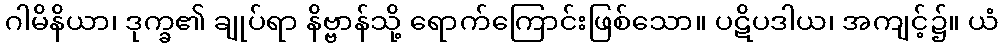
ဂါမိနိယာ၊ ဒုက္ခ၏ ချုပ်ရာ နိဗ္ဗာန်သို့ ရောက်ကြောင်းဖြစ်သော။ ပဋိပဒါယ၊ အကျင့်၌။ ယံ